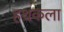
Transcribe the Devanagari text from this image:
हथकला